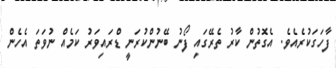
ފާހަގަކުރެއެވެ. އެގޮތުން ކާރު ތެރޭގައި ފޯނު ބޭނުންކުރަނީ ޑްރައިވަރު ކަމެއް ނުވަތަ އެހެން